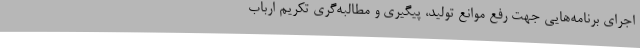
اجرای برنامه‌هایی جهت رفع موانع تولید، پیگیری و مطالبه‌گری تکریم ارباب